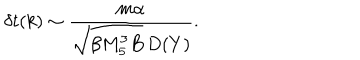
LaTeX: \delta t ( k ) \sim { \frac { m \alpha } { \sqrt { \beta M _ { 5 } ^ { 3 } B } \, D ( Y ) } } .